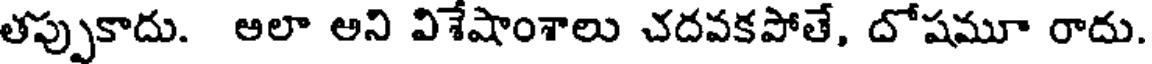
తప్పుకాదు. అలా అని విశేషాంశాలు చదవకపోతే, దోషమూ రాదు.